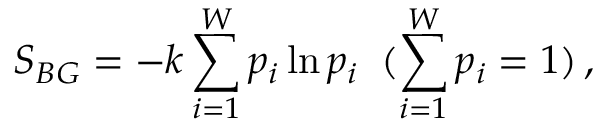
S _ { B G } = - k \sum _ { i = 1 } ^ { W } p _ { i } \ln p _ { i } \; \; ( \sum _ { i = 1 } ^ { W } p _ { i } = 1 ) \, ,